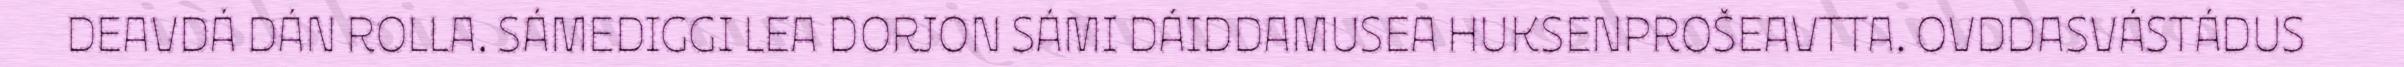
DEAVDÁ DÁN ROLLA. SÁMEDIGGI LEA DORJON SÁMI DÁIDDAMUSEA HUKSENPROŠEAVTTA. OVDDASVÁSTÁDUS